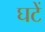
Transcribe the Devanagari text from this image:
घटें